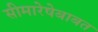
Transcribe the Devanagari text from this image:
सीमारेषेबाबत